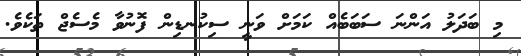
މި ބަދަލު އަންނަ ސަބަބެއް ކަމަށް ވަނީ ސިކުނޑިން ފޮނުވާ މެސެޖް ތަކެވެ.